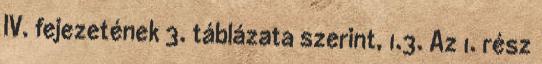
IV. fejezetének 3. táblázata szerint, 1.3. Az 1. rész